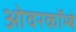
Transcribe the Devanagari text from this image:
ओवरकॉम्बे